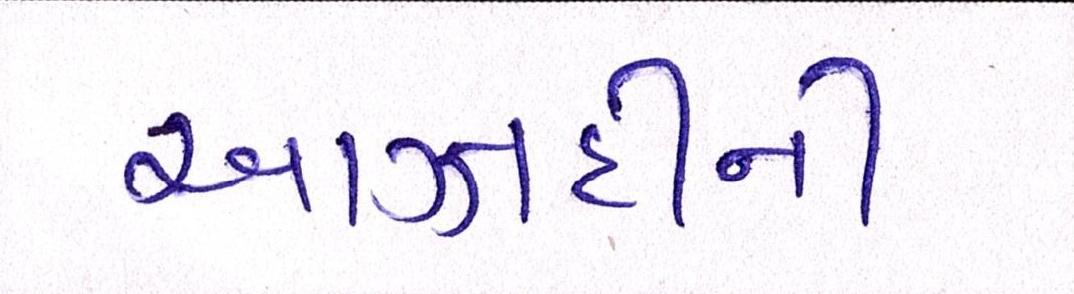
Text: આઝાદીની